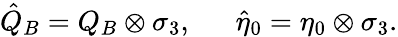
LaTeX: {\hat{Q}}_{B}=Q_{B}\otimes\sigma_{3},\, \, \, \, \, \, \, \, \, {\hat{\eta}}_{0}=\eta_{0}\otimes\sigma_{3}.